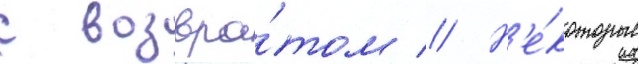
с возвра́том // Н'е́которые